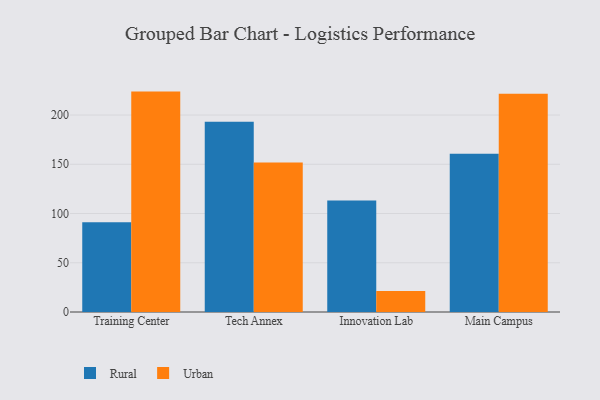
{"axis": {"x": "Campus", "y": "Energy Usage (MWh)"}, "legend": ["Rural", "Urban"], "data": [{"x": "Training Center", "y": 91.1, "type": "Rural"}, {"x": "Training Center", "y": 223.8, "type": "Urban"}, {"x": "Tech Annex", "y": 193.3, "type": "Rural"}, {"x": "Tech Annex", "y": 151.8, "type": "Urban"}, {"x": "Innovation Lab", "y": 113.3, "type": "Rural"}, {"x": "Innovation Lab", "y": 21.4, "type": "Urban"}, {"x": "Main Campus", "y": 160.6, "type": "Rural"}, {"x": "Main Campus", "y": 221.6, "type": "Urban"}]}